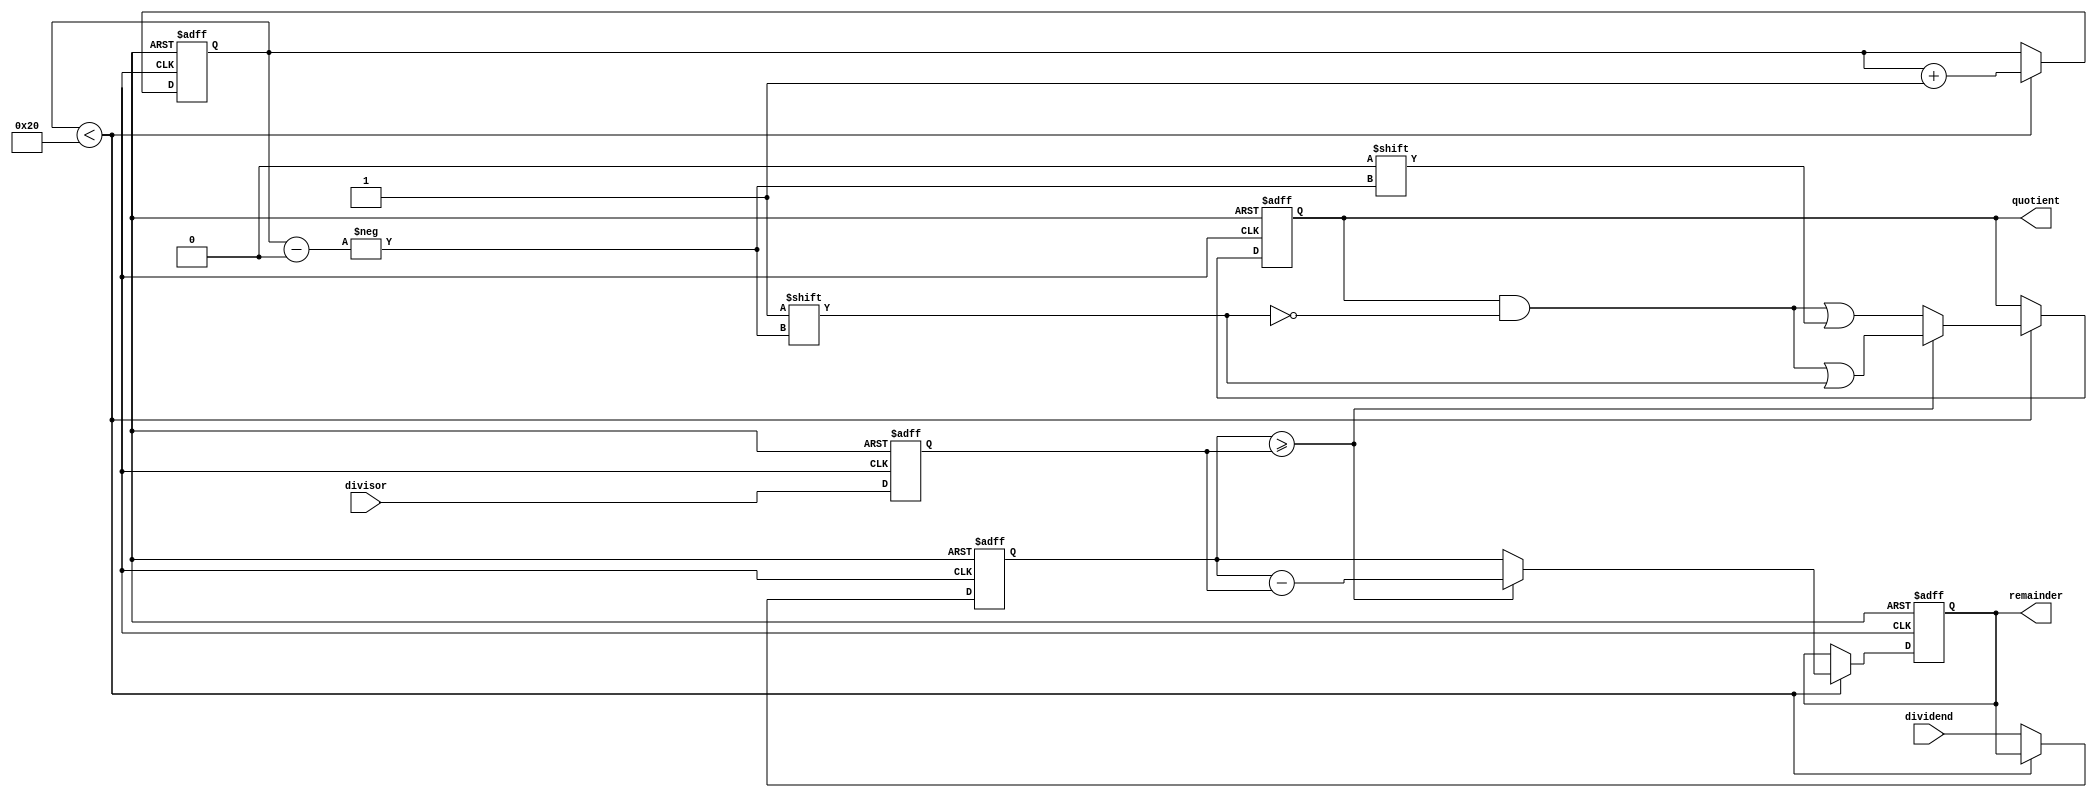
module restoring_divider (
  input wire [31:0] dividend,
  input wire [31:0] divisor,
  output reg [31:0] quotient,
  output reg [31:0] remainder
);

  reg [31:0] dividend_reg;
  reg [31:0] divisor_reg;
  reg [31:0] quotient_reg;
  reg [31:0] remainder_reg;
  reg [1:0] count;

  always @(posedge clk or negedge rst) begin
    if(!rst) begin
      dividend_reg <= 32'b0;
      divisor_reg <= 32'b0;
      quotient_reg <= 32'b0;
      remainder_reg <= 32'b0;
      count <= 2'b00;
    end else begin
      dividend_reg <= dividend;
      divisor_reg <= divisor;
      
      if(count < 32) begin
        if(dividend_reg >= divisor_reg) begin
          remainder_reg <= dividend_reg - divisor_reg;
          quotient_reg[count] <= 1'b1;
        end else begin
          remainder_reg <= dividend_reg;
          quotient_reg[count] <= 1'b0;
        end
        
        dividend_reg <= remainder_reg;
        count <= count + 1;
      end
    end
  end

  assign quotient = quotient_reg;
  assign remainder = remainder_reg;

endmodule